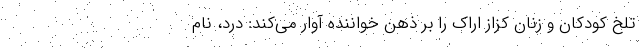
تلخ کودکان و زنان کزاز اراک را بر ذهن خواننده آوار می‌کند: درد، نام